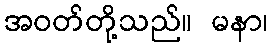
အဝတ်တို့သည်။ မနာ၊